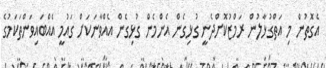
އެގޮތުން މި އަތްގުޅާލުން ރަމްޒުކޮށްދެނީ ގުޅިގެން އެންމެން ގުޅިގެން އެއްވާނަކަށް ގައުމީ އެއްބައިވަންތަކަމުގެ